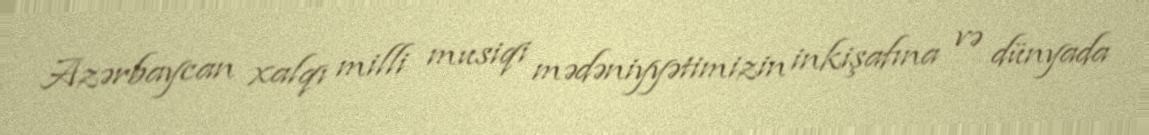
Azərbaycan xalqı milli musiqi mədəniyyətimizin inkişafına və dünyada